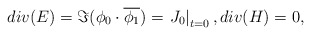
\begin{align*}div(E)=\Im(\phi_0\cdot \overline{\phi_1})=\left.J_0\right|_{t=0},div (H)=0,\end{align*}